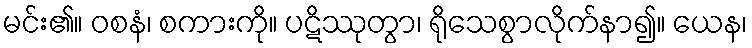
မင်း၏။ ဝစနံ၊ စကားကို။ ပဋိဿုတွာ၊ ရိုသေစွာလိုက်နာ၍။ ယေန၊